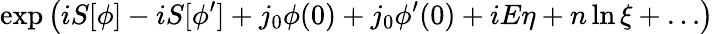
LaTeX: \exp\left(iS[\phi]-iS[\phi^{\prime}]+j_{0}\phi(0)+j_{0}\phi^{\prime}(0)+iE\eta+n\ln\xi+\dots\right)